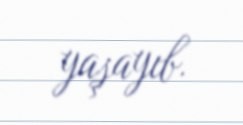
yaşayıb.